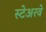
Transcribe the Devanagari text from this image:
स्टेअरवे